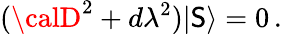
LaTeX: ({\calD}^{2}+d\lambda^{2})|\mathsf{S}\rangle=0\, .